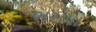
ભરાયા